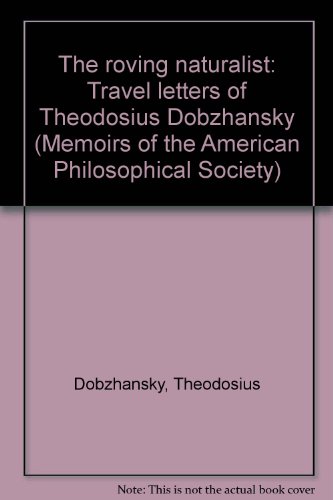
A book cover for The roving naturalist: Travel letters of Theodosius Dobzhansky (Memoirs of the American Philosophical Society); Theodosius Grigorievich Dobzhansky; Travel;